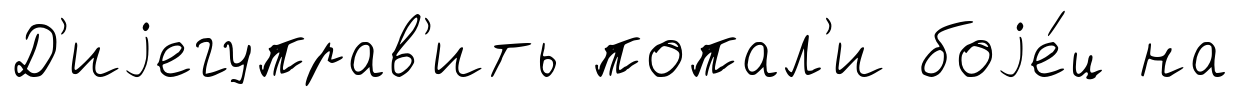
Д'иjегуправ'ить попал'и боjе́ц на